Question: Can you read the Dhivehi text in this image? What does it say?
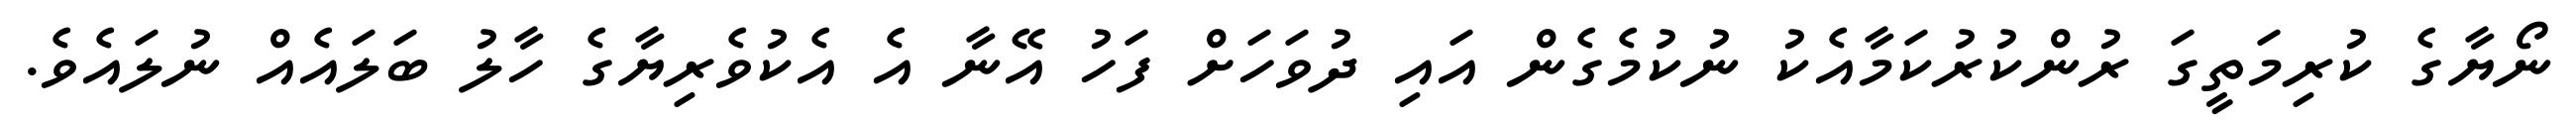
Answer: ނޯޔާގެ ކުރިމަތީގަ ރުންކުރުކަމާއެކު ނުކުމެގެން އައި ދުވަހަށް ފަހު އޭނާ އެ އެކުވެރިޔާގެ ހާލު ބަލައެއް ނުލައެވެ.